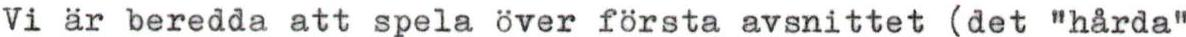
Vi är beredda att spela över första avsnittet (det "hårda"